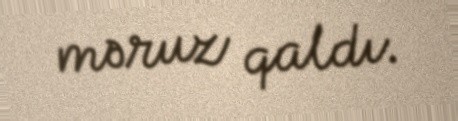
məruz qaldı.